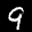
Label: 9